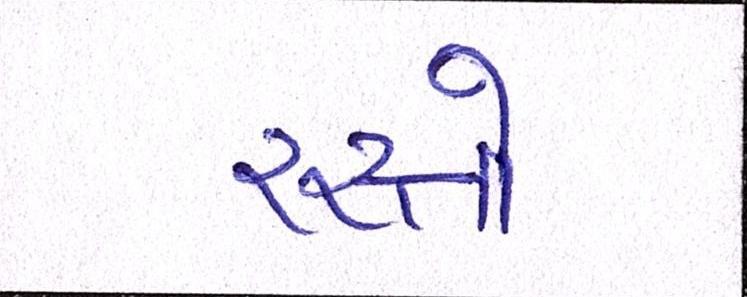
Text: રસ્તો